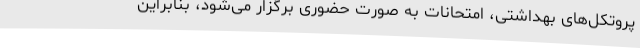
پروتکل‌های بهداشتی، امتحانات به صورت حضوری برگزار می‌شود، بنابراین